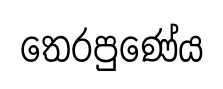
තෙරපුණේය